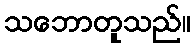
သဘောတူသည်။